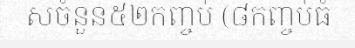
សចំនួន៥២កញ្ចប់ (៨កញ្ចប់ធំ